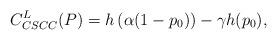
LaTeX: \begin{align*}C_{CSCC}^{L}(P) = h\left( \alpha(1-p_0) \right) - \gamma h(p_0),\end{align*}